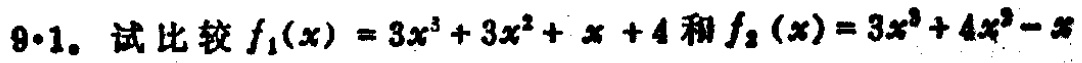
$9 \cdot 1.$ 试比较 $f_1(x)=3x^{3}+3x^{2}+x + 4$ 和 $f_2(x)=3x^{3}+4x^{2}-x$